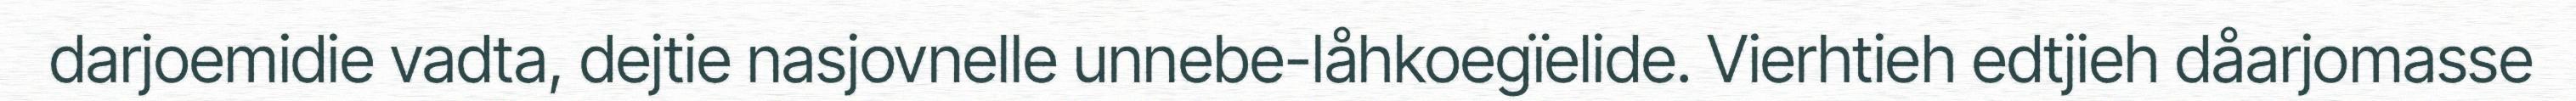
darjoemidie vadta, dejtie nasjovnelle unnebe-låhkoegïelide. Vierhtieh edtjieh dåarjomasse